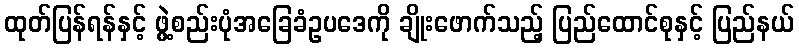
ထုတ်ပြန်ရန်နှင့် ဖွဲ့စည်းပုံအခြေခံဥပဒေကို ချိုးဖောက်သည့် ပြည်ထောင်စုနှင့် ပြည်နယ်